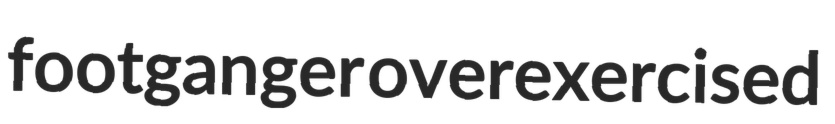
footganger overexercised